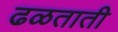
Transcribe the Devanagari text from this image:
ढळताती